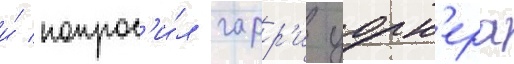
и́ попрос'и́л гарр'и уорн'ера